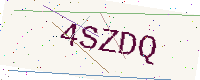
Text: 4SZDQ